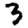
Digit: 3